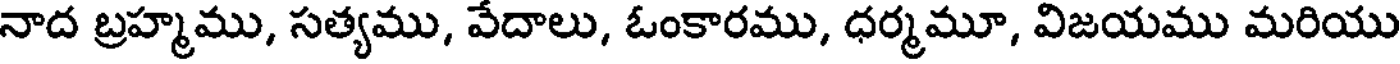
నాద బ్రహ్మము, సత్యము, వేదాలు, ఓంకారము, ధర్మమూ, విజయము మరియు